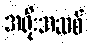
အရိုးအဆစ်